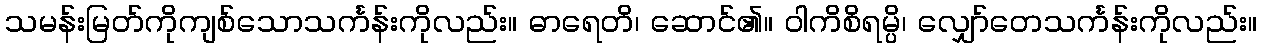
သမန်းမြတ်ကိုကျစ်သောသင်္ကန်းကိုလည်း။ ဓာရေတိ၊ ဆောင်၏။ ဝါကိစိရမ္ပိ၊ လျှော်တေသင်္ကန်းကိုလည်း။